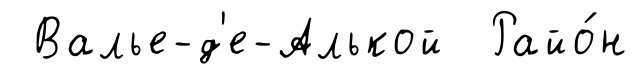
Валье-д'е-Алькой Райо́н